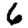
Digit: 6